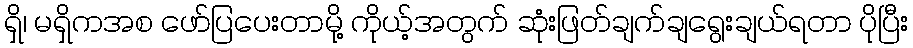
ရှိ၊ မရှိကအစ ဖော်ပြပေးတာမို့ ကိုယ့်အတွက် ဆုံးဖြတ်ချက်ချရွေးချယ်ရတာ ပိုပြီး